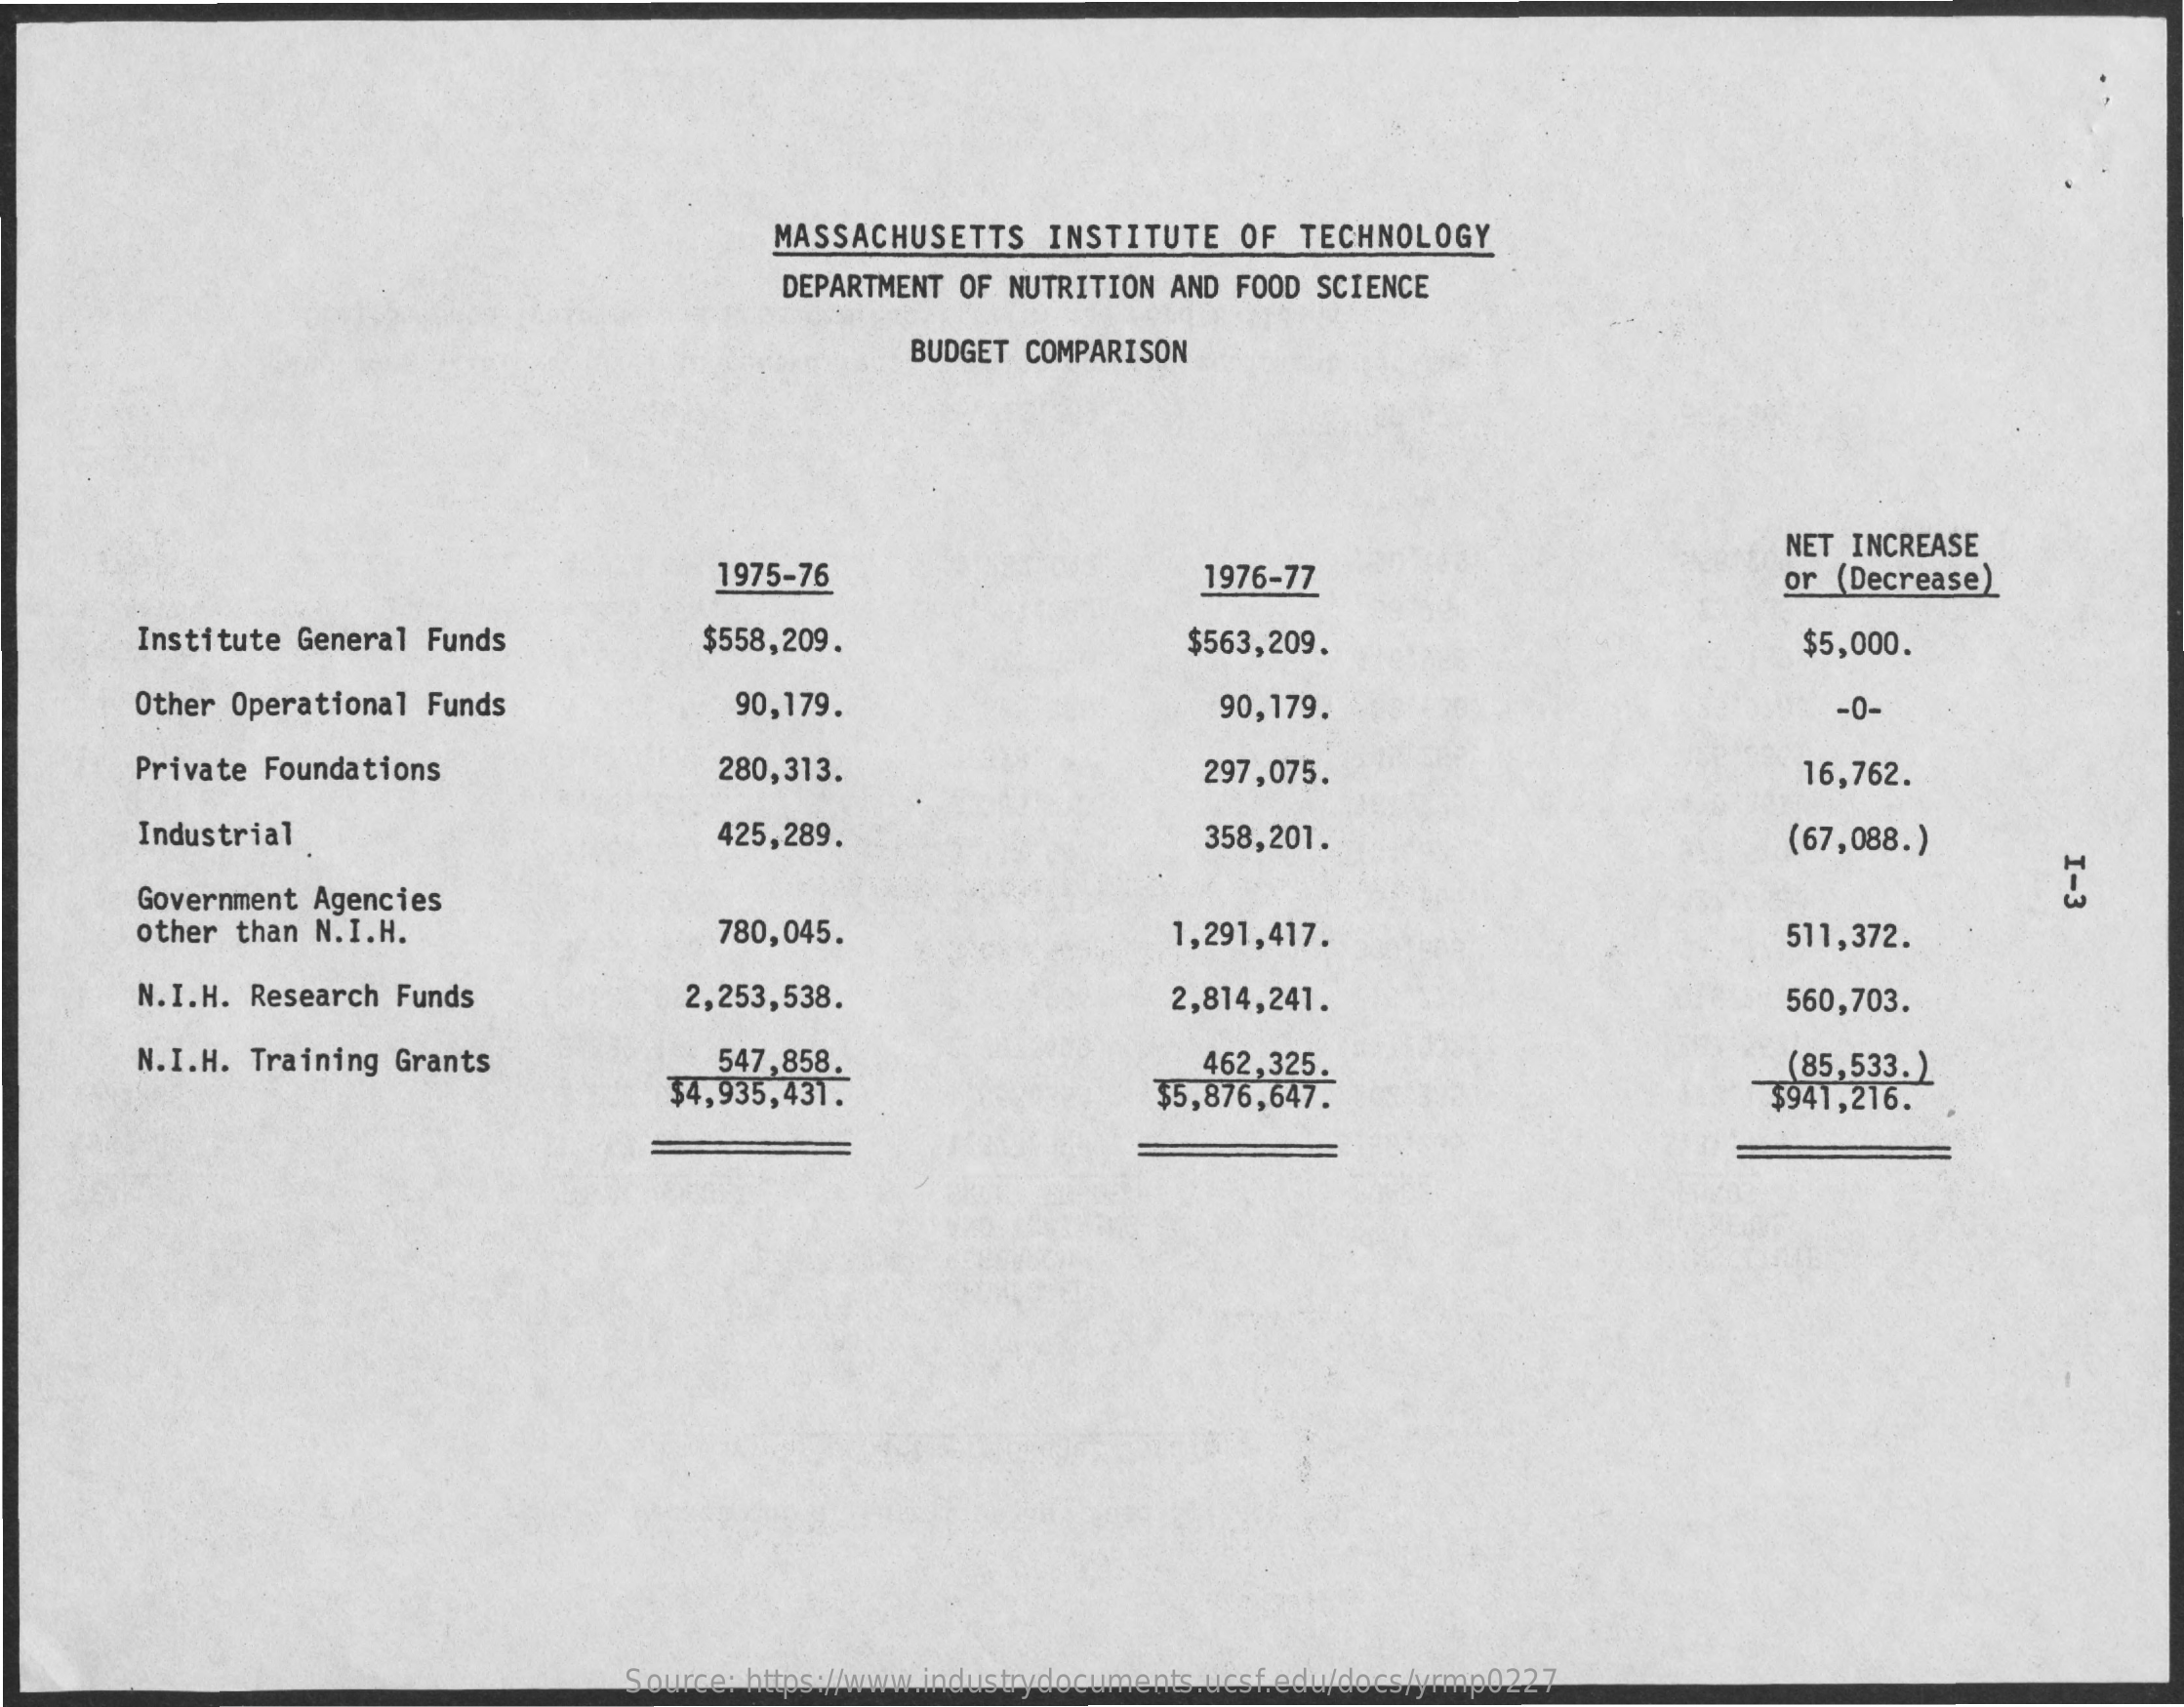
MASSACHUSETTS    INSTITUTE   OF  TECHNOLOGY
     DEPARTMENT OF NUTRITION AND FOOD SCIENCE
     BUDGET COMPARISON
     1975-76    1976-77
     NET INCREASE
     or (Decrease)
     Institute General Funds    $558,209.    $563,209.    $5,000.
     Other Operational Funds    90,179.    90,179.    -0-
     Private Foundations    280,313.    297,075.    16,762.
     Industrial .    425,289.    358,201.    (67,088.)
     I-3
     Government Agencies
     other than N.I.H.    780,045.    1,291,417.    511,372.
     N.I.H. Research Funds    2,253,538.    2,814,241.    560,703.
     N.I.H. Training Grants    547,858.
     $4,935,431.
     462,325.
     $5,876,647.
     (85,533. )
     $941,216.
     Source: https://www.industrydocuments.ucsf.edu/docs/yrmp0227